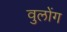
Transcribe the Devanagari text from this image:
वुलोंग